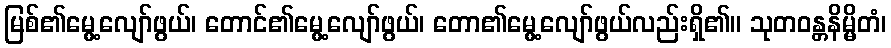
မြစ်၏မွေ့လျော်ဖွယ်၊ တောင်၏မွေ့လျော်ဖွယ်၊ တော၏မွေ့လျော်ဖွယ်လည်းရှိ၏။ သုတဝန္တနိမ္မိတံ၊